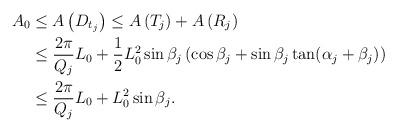
LaTeX: \begin{align*} A_0&\leq A\left(D_{t_j}\right)\leq A\left(T_j\right) + A\left(R_j\right)\\ &\leq \frac{2\pi}{Q_j}L_0 + \frac{1}{2}L_0^2\sin\beta_j \left(\cos \beta_j + \sin\beta_j\tan(\alpha_j + \beta_j)\right)\\ &\leq \frac{2\pi}{Q_j}L_0 + L_0^2\sin\beta_j. \end{align*}